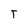
Character: T